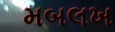
મબલખ